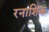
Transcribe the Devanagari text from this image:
रनाशिक